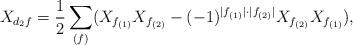
LaTeX: \begin{align*} X_{d_{2}f} = \frac{1}{2} \sum_{(f)} (X_{f_{(1)}} X_{f_{(2)}} - (-1)^{|f_{(1)}| \cdot |f_{(2)}|} X_{f_{(2)}} X_{f_{(1)}}), \end{align*}